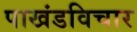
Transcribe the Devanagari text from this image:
पाखंडविचार